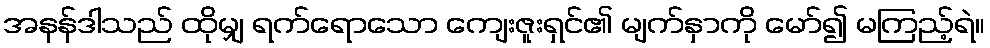
အနန်ဒါသည် ထိုမျှ ရက်ရောသော ကျေးဇူးရှင်၏ မျက်နှာကို မော်၍ မကြည့်ရဲ။